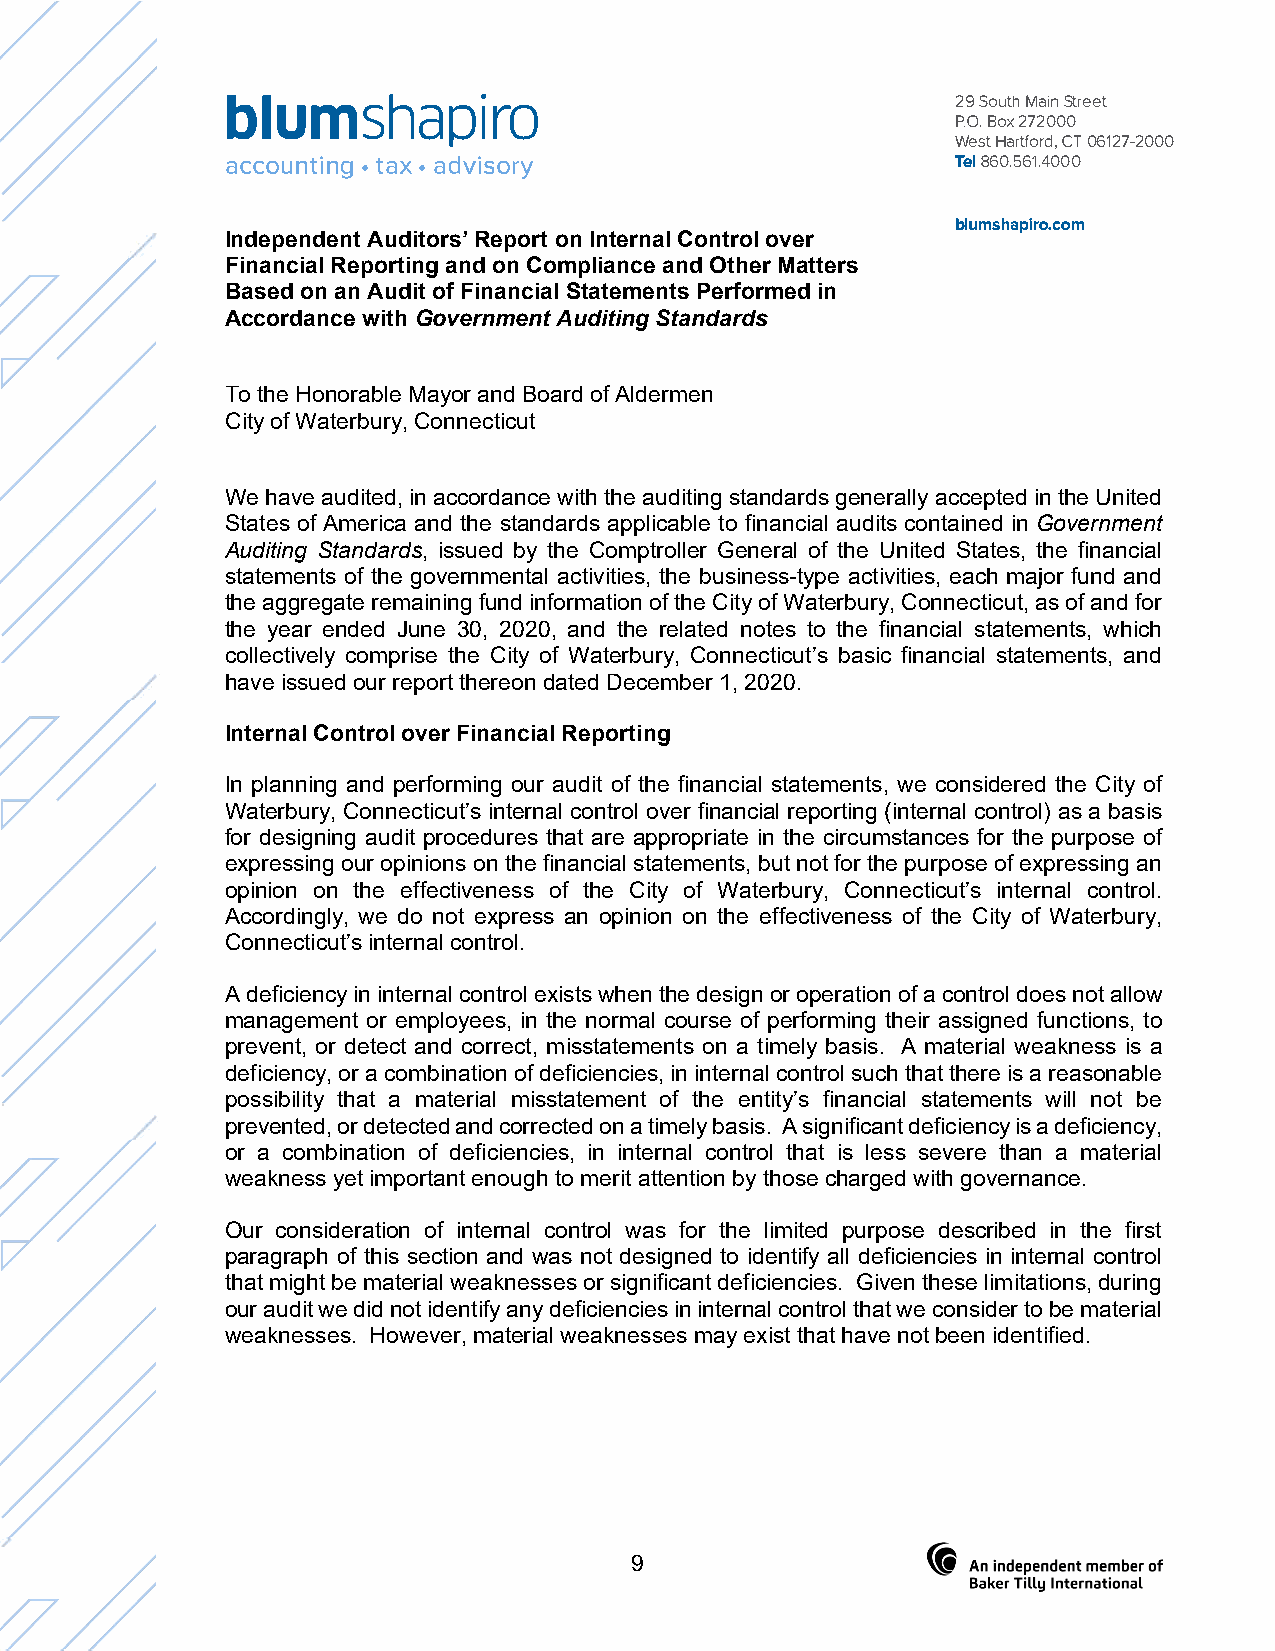
blumshapiro                                     29 South Main Street
 P.O. Box 272000
 West Hartford, CT 06127-2000
 accounting• tax• advisory                       Tel 860.561.4000
 blumshapiro.com
 Independent Auditors’ Report on Internal Control over
 Financial Reporting and on Compliance and Other Matters
 Based on an Audit of Financial Statements Performed in
 Accordance with Government Auditing Standards
 To the Honorable Mayor and Board of Aldermen
 City of Waterbury, Connecticut
 We have audited, in accordance with the auditing standards generally accepted in the United
 States of America and the standards applicable to financial audits contained in Government
 Auditing Standards, issued by the Comptroller General of the United States, the financial
 statements of the governmental activities, the business-type activities, each major fund and
 the aggregate remaining fund information of the City of Waterbury, Connecticut, as of and for
 the year ended June 30, 2020, and the related notes to the financial statements, which
 collectively comprise the City of Waterbury, Connecticut’s basic financial statements, and
 have issued our report thereon dated December 1, 2020.
 Internal Control over Financial Reporting
 In planning and performing our audit of the financial statements, we considered the City of
 Waterbury, Connecticut’s internal control over financial reporting (internal control) as a basis
 for designing audit procedures that are appropriate in the circumstances for the purpose of
 expressing our opinions on the financial statements, but not for the purpose of expressing an
 opinion on the effectiveness of the City of Waterbury, Connecticut’s internal control.
 Accordingly, we do not express an opinion on the effectiveness of the City of Waterbury,
 Connecticut’s internal control.
 A deficiency in internal control exists when the design or operation of a control does not allow
 management or employees, in the normal course of performing their assigned functions, to
 prevent, or detect and correct, misstatements on a timely basis. A material weakness is a
 deficiency, or a combination of deficiencies, in internal control such that there is a reasonable
 possibility that a material misstatement of the entity’s financial statements will not be
 prevented, or detected and corrected on a timely basis. A significant deficiency is a deficiency,
 or a combination of deficiencies, in internal control that is less severe than a material
 weakness yet important enough to merit attention by those charged with governance.
 Our consideration of internal control was for the limited purpose described in the first
 paragraph of this section and was not designed to identify all deficiencies in internal control
 that might be material weaknesses or significant deficiencies. Given these limitations, during
 our audit we did not identify any deficiencies in internal control that we consider to be material
 weaknesses. However, material weaknesses may exist that have not been identified.
 9